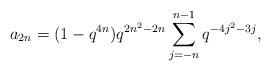
\begin{align*} a_{2n} = (1-q^{4n})q^{2n^2-2n}\sum_{j=-n}^{n-1}q^{-4j^2-3j},\end{align*}